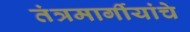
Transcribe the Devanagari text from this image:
तंत्रमार्गीयांचे